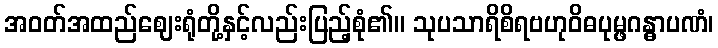
အဝတ်အထည်ဈေးရုံတို့နှင့်လည်းပြည့်စုံ၏။ သုပသာရိစိရဗဟုဝိဓပုမ္ဖဂန္ဓာပဏံ၊